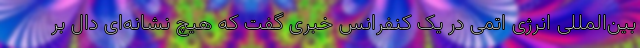
بین‌المللی انرژی اتمی در یک کنفرانس خبری گفت که هیچ نشانه‌ای دال بر